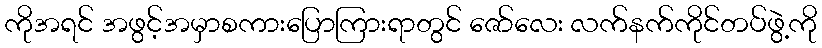
ကိုအရင် အဖွင့်အမှာစကားပြောကြားရာတွင် ဇော်လေး လက်နက်ကိုင်တပ်ဖွဲ့ကို